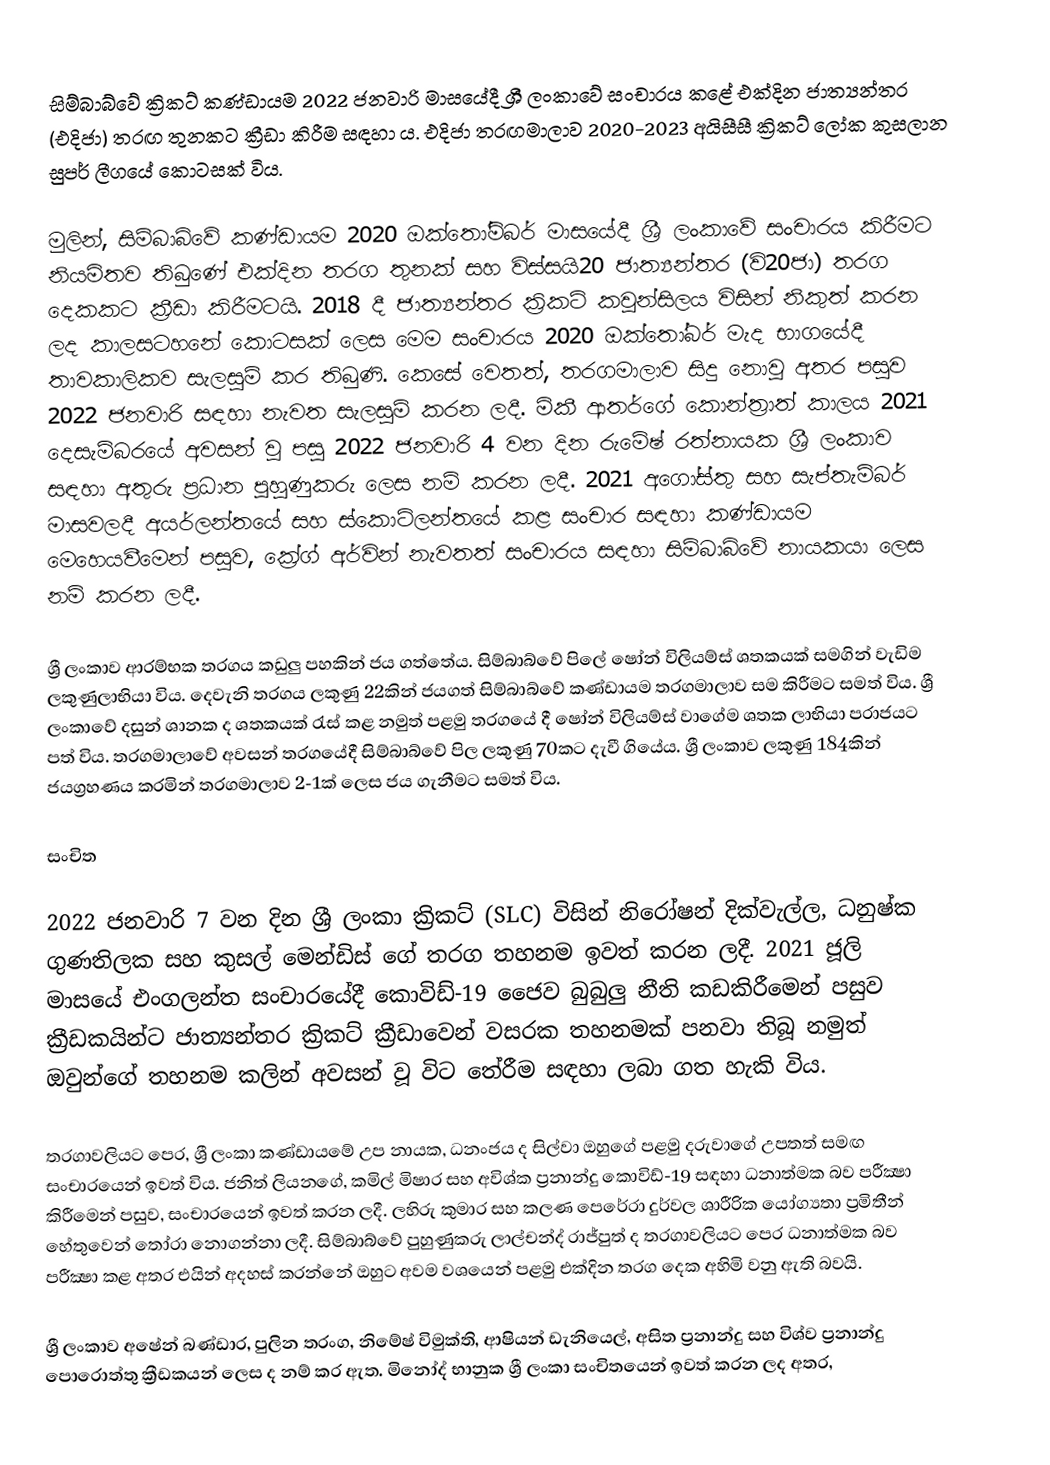
සිම්බාබ්වේ ක්‍රිකට් කණ්ඩායම 2022 ජනවාරි මාසයේදී ශ්‍රී ලංකාවේ සංචාරය කළේ එක්දින ජාත්‍යන්තර (එදිජා) තරඟ තුනකට ක්‍රීඩා කිරීම සඳහා ය. එදිජා තරඟමාලාව 2020-2023 අයිසීසී ක්‍රිකට් ලෝක කුසලාන සුපර් ලීගයේ කොටසක් විය.

මුලින්, සිම්බාබ්වේ කණ්ඩායම 2020 ඔක්තෝම්බර් මාසයේදී ශ්‍රී ලංකාවේ සංචාරය කිරීමට නියමිතව තිබුණේ එක්දින තරග තුනක් සහ විස්සයි20 ජාත්‍යන්තර (වි20ජා) තරග දෙකකට ක්‍රීඩා කිරීමටයි. 2018 දී ජාත්‍යන්තර ක්‍රිකට් කවුන්සිලය විසින් නිකුත් කරන ලද කාලසටහනේ කොටසක් ලෙස මෙම සංචාරය 2020 ඔක්තෝබර් මැද භාගයේදී තාවකාලිකව සැලසුම් කර තිබුණි. කෙසේ වෙතත්, තරගමාලාව සිදු නොවූ අතර පසුව 2022 ජනවාරි සඳහා නැවත සැලසුම් කරන ලදී. මිකී ආතර්ගේ කොන්ත්‍රාත් කාලය 2021 දෙසැම්බරයේ අවසන් වූ පසු 2022 ජනවාරි 4 වන දින රුමේෂ් රත්නායක ශ්‍රී ලංකාව සඳහා අතුරු ප්‍රධාන පුහුණුකරු ලෙස නම් කරන ලදී. 2021 අගෝස්තු සහ සැප්තැම්බර් මාසවලදී අයර්ලන්තයේ සහ ස්කොට්ලන්තයේ කළ සංචාර සඳහා කණ්ඩායම මෙහෙයවීමෙන් පසුව, ක්‍රේග් අර්වින් නැවතත් සංචාරය සඳහා සිම්බාබ්වේ නායකයා ලෙස නම් කරන ලදී.

ශ්‍රී ලංකාව ආරම්භක තරගය කඩුලු පහකින් ජය ගත්තේය. සිම්බාබ්වේ පිලේ ෂෝන් විලියම්ස් ශතකයක් සමගින් වැඩිම ලකුණුලාභියා විය. දෙවැනි තරගය ලකුණු 22කින් ජයගත් සිම්බාබ්වේ කණ්ඩායම තරගමාලාව සම කිරීමට සමත් විය. ශ්‍රී ලංකාවේ දසුන් ශානක ද ශතකයක් රැස් කළ නමුත් පළමු තරගයේ දී ෂෝන් විලියම්ස් වාගේම ශතක ලාභියා පරාජයට පත් විය. තරගමාලාවේ අවසන් තරගයේදී සිම්බාබ්වේ පිල ලකුණු 70කට දැවී ගියේය. ශ්‍රී ලංකාව ලකුණු 184කින් ජයග්‍රහණය කරමින් තරගමාලාව 2-1ක් ලෙස ජය ගැනීමට සමත් විය.

සංචිත

2022 ජනවාරි 7 වන දින ශ්‍රී ලංකා ක්‍රිකට් (SLC) විසින් නිරෝෂන් දික්වැල්ල, ධනුෂ්ක ගුණතිලක සහ කුසල් මෙන්ඩිස් ගේ තරග තහනම ඉවත් කරන ලදී. 2021 ජූලි මාසයේ එංගලන්ත සංචාරයේදී කොවිඩ්-19 ජෛව බුබුලු නීති කඩකිරීමෙන් පසුව ක්‍රීඩකයින්ට ජාත්‍යන්තර ක්‍රිකට් ක්‍රීඩාවෙන් වසරක තහනමක් පනවා තිබූ නමුත් ඔවුන්ගේ තහනම කලින් අවසන් වූ විට තේරීම සඳහා ලබා ගත හැකි විය.

තරගාවලියට පෙර, ශ්‍රී ලංකා කණ්ඩායමේ උප නායක, ධනංජය ද සිල්වා ඔහුගේ පළමු දරුවාගේ උපතත් සමඟ සංචාරයෙන් ඉවත් විය. ජනිත් ලියනගේ, කමිල් මිෂාර සහ අවිශ්ක ප්‍රනාන්දු කොවිඩ්-19 සඳහා ධනාත්මක බව පරීක්‍ෂා කිරීමෙන් පසුව, සංචාරයෙන් ඉවත් කරන ලදී. ලහිරු කුමාර සහ කලණ පෙරේරා දුර්වල ශාරීරික යෝග්‍යතා ප්‍රමිතීන් හේතුවෙන් තෝරා නොගන්නා ලදී. සිම්බාබ්වේ පුහුණුකරු ලාල්චන්ද් රාජ්පුත් ද තරගාවලියට පෙර ධනාත්මක බව පරීක්‍ෂා කළ අතර එයින් අදහස් කරන්නේ ඔහුට අවම වශයෙන් පළමු එක්දින තරග දෙක අහිමි වනු ඇති බවයි.

ශ්‍රී ලංකාව අෂේන් බණ්ඩාර, පුලින තරංග, නිමේෂ් විමුක්ති, ආෂියන් ඩැනියෙල්, අසිත ප්‍රනාන්දු සහ විශ්ව ප්‍රනාන්දු පොරොත්තු ක්‍රීඩකයන් ලෙස ද නම් කර ඇත. මිනෝද් භානුක ශ්‍රී ලංකා සංචිතයෙන් ඉවත් කරන ලද අතර,